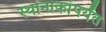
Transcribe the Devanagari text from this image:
स्थानाकांपर्यंत